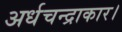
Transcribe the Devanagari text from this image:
अर्धचन्द्राकार।